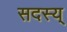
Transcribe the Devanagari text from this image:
सदस्य्